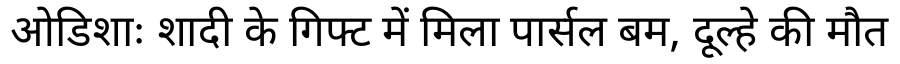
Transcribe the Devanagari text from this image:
ओडिशाः शादी के गिफ्ट में मिला पार्सल बम, दूल्हे की मौत